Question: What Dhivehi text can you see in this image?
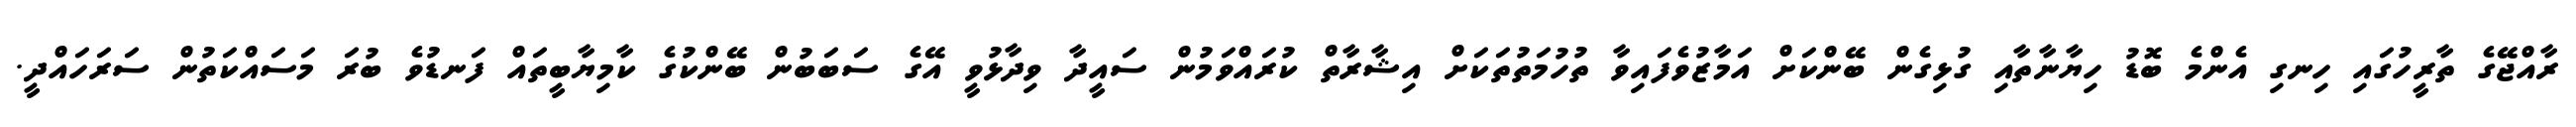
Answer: ރާއްޖޭގެ ތާރީހުގައި ހިނގި އެންމެ ބޮޑު ހިޔާނާތާއި ގުޅިގެން ބޭންކަށް އަމާޒުވެފައިވާ ތުހުމަތުތަކަށް އިޝާރާތް ކުރައްވަމުން ސައީދާ ވިދާޅުވީ އޭގެ ސަބަބުން ބޭންކުގެ ކާމިޔާބީތައް ފަނޑުވެ ބުރަ މަސައްކަތުން ސަރަހައްދީ.